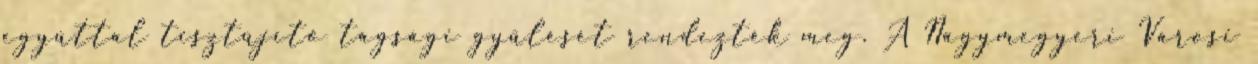
egyúttal tisztújító tagsági gyűlését rendezték meg. A Nagymegyeri Városi